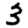
Digit: 3